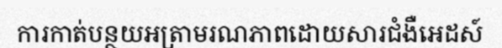
ការកាត់បន្ថយអត្រាមរណភាពដោយសារជំងឺអេដស៍